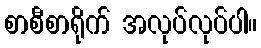
စာစီစာရိုက် အလုပ်လုပ်ပါ။